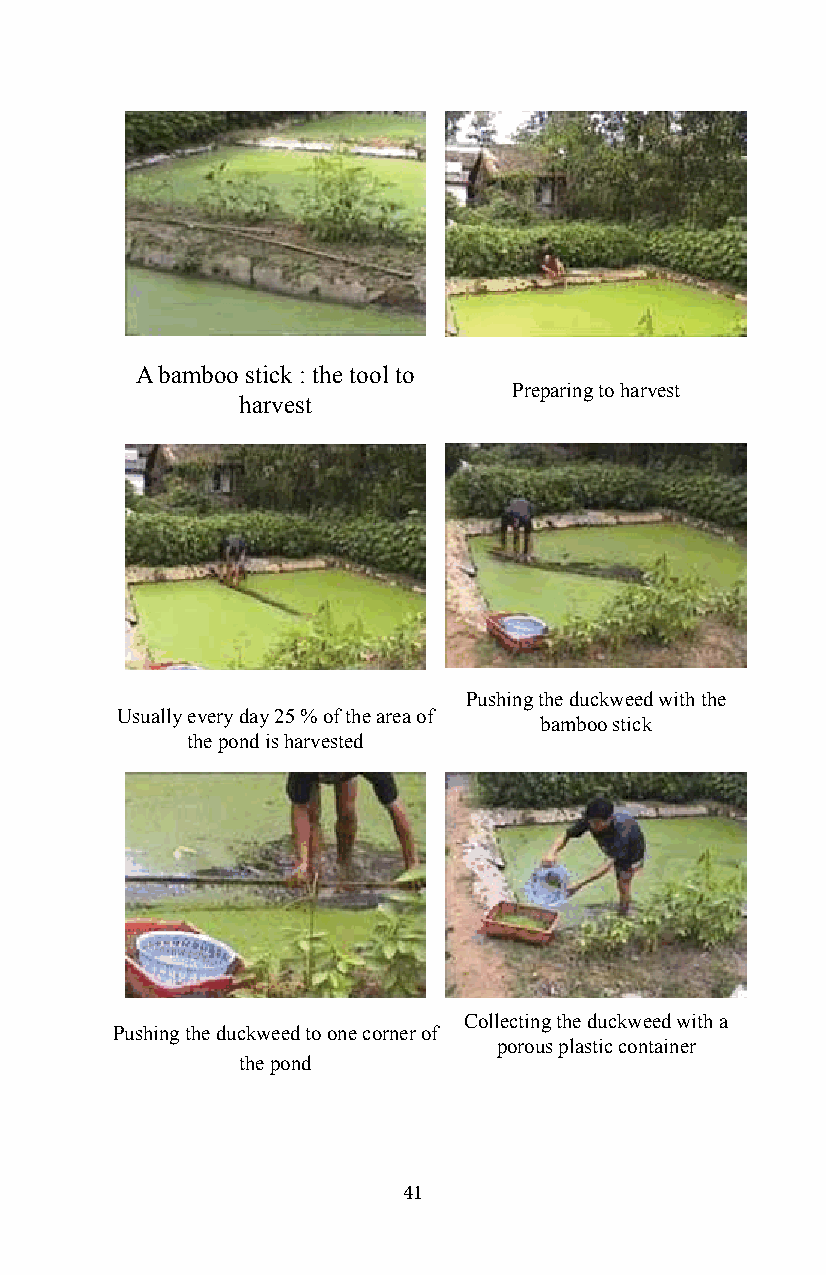
A bamboo stick : the tool to
 Preparing to harvest
 harvest
 Pushing the duckweed with the
 Usually every day 25 % of the area of
 bamboo stick
 the pond is harvested
 Collecting the duckweed with a
 Pushing the duckweed to one corner of
 porous plastic container
 the pond
 41